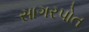
સાગરપોત